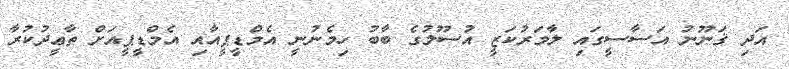
އަދި ޤަނޫނު އަސާސީގައި ލާމަރުކަޒީ އުސޫލުގެ ބާބު ހިމެނުނީ އެމްޑީޕީއާއި އެމްޑީޕީއަށް ތާޢީދުކުރާ